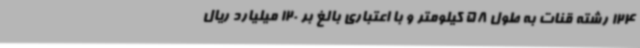
124 رشته قنات به طول 58 کیلومتر و با اعتباری بالغ بر 120 میلیارد ریال